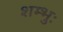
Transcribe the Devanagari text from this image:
शम्भुः